Problem: 8 × 5 = ?
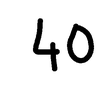
Handwritten answer: 40